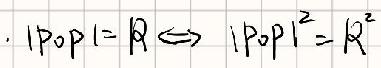
$|P_{0}P| = R\Leftrightarrow |P_{0}P|^{2}=R^{2}$